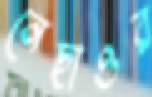
নেছাওর